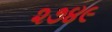
૨૭૪૯